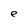
Character: e